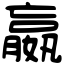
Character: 嬴